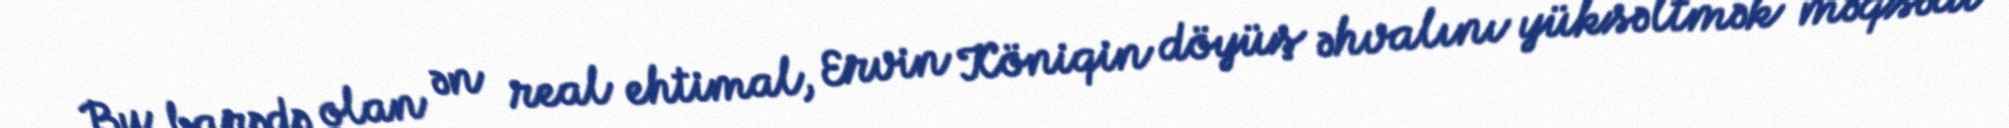
Bu barədə olan ən real ehtimal, Ervin Köniqin döyüş əhvalını yüksəltmək məqsədi